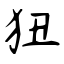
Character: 狃